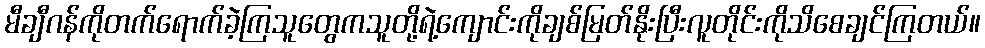
မီချီဂန်ကိုတက်ရောက်ခဲ့ကြသူတွေကသူတို့ရဲ့ကျောင်းကိုချစ်မြတ်နိုးပြီးလူတိုင်းကိုသိစေချင်ကြတယ်။